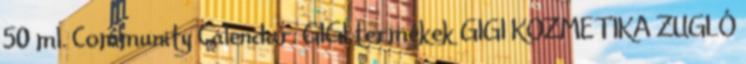
50 ml. Community Calendar. GIGI termékek GIGI KOZMETIKA ZUGLÓ